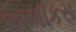
અબાકસ